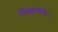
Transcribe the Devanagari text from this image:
जितात्मनः।